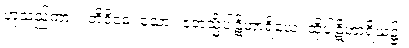
ဟူသည်ကား။ တိဝိဓေ၊ သော။ ဧတသ္မိံပါဋိဟာရိယေ၊ ထိုပါဋိဟာရိယ၌။